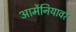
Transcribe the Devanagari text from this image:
आर्मेनियावर